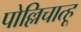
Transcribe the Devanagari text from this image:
पोल्लिचात्हू